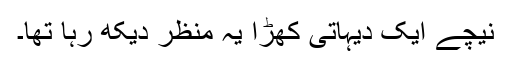
نیچے ٰایک دیہاتی کھڑا یہ منظر دیکھ رہا تھا۔